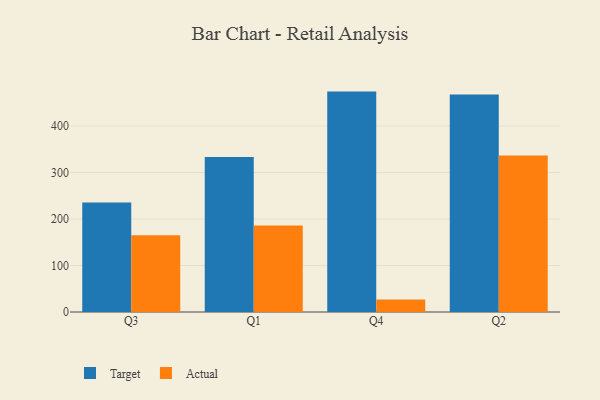
{"axis": {"x": "Quarter", "y": "Budget (USD K)"}, "legend": ["Actual", "Target"], "data": [{"x": "Q3", "y": 235.7, "type": "Target"}, {"x": "Q3", "y": 165.0, "type": "Actual"}, {"x": "Q1", "y": 333.5, "type": "Target"}, {"x": "Q1", "y": 186.1, "type": "Actual"}, {"x": "Q4", "y": 474.0, "type": "Target"}, {"x": "Q4", "y": 26.8, "type": "Actual"}, {"x": "Q2", "y": 467.7, "type": "Target"}, {"x": "Q2", "y": 336.5, "type": "Actual"}]}